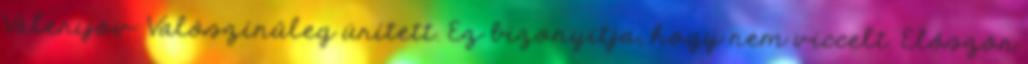
Valerijov: Valószínűleg ürített. Ez bizonyítja, hogy nem viccelt. Először